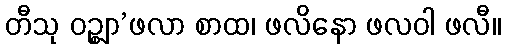
တီသု ဝဉ္စျာ’ဖလာ စာထ၊ ဖလိနော ဖလဝါ ဖလီ။